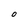
Character: O